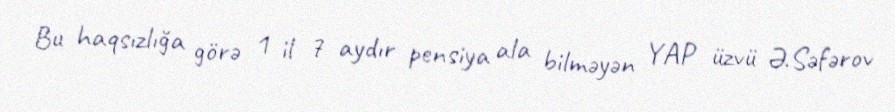
Bu haqsızlığa görə 1 il 7 aydır pensiya ala bilməyən YAP üzvü Ə.Səfərov